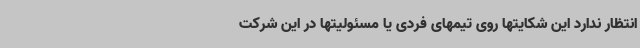
انتظار ندارد این شکایتها روی تیمهای فردی یا مسئولیتها در این شرکت